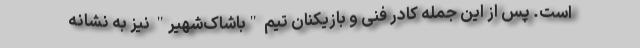
است. پس از این جمله کادر فنی و بازیکنان تیم "باشاک‌شهیر" نیز به نشانه